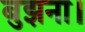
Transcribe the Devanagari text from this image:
बुझना।